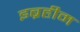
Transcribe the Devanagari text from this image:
इब्रहीम